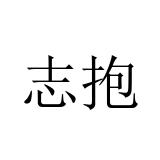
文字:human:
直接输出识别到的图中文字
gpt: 志抱